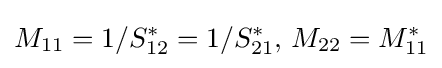
M_{11}=1/S_{12}^{*}=1/S_{21}^{*}{,}\ M_{22}=M_{11}^{*}